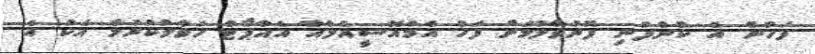
ފަހުން އެ ކުންފުނި ފޮނުވާލުމަށް ފަހު އެމްއޭސީއެލްއާ އެއާޕޯޓް ހަވާލުކުރުމާ އެކު އެ